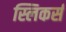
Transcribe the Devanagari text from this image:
स्लिकर्स